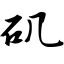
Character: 矶